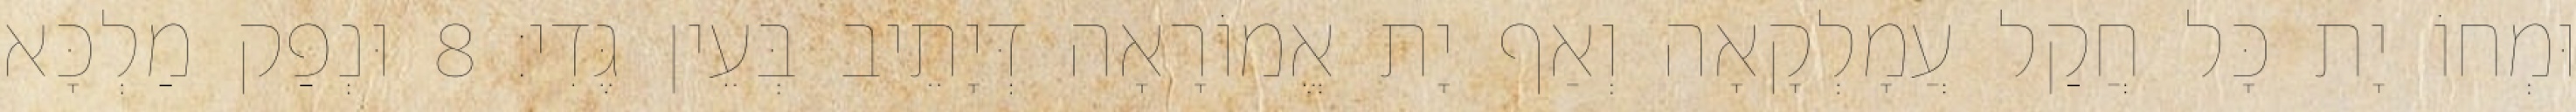
וּמְחוֹ יָת כָּל חֲקַל עֲמָלְקָאָה וְאַף יָת אֱמוֹרָאָה דְּיָתֵיב בְּעֵין גֶּדִי׃ 8 וּנְפַק מַלְכָּא